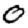
Digit: 0